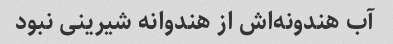
آب هندونه‌اش از هندوانه شیرینی نبود